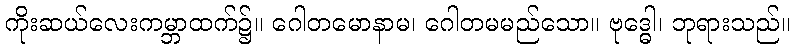
ကိုးဆယ်လေးကမ္ဘာထက်၌။ ဂေါတမောနာမ၊ ဂေါတမမည်သော။ ဗုဒ္ဓေါ၊ ဘုရားသည်။